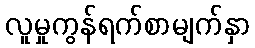
လူမှုကွန်ရက်စာမျက်နှာ